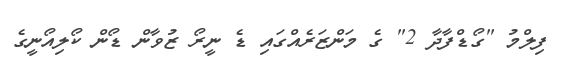
ފިލްމު "ގޯޑްފާދާ 2" ގެ މަންޒަރެއްގައި ޑެ ނީރޯ ޒުވާން ޑޯން ކޯލިއޯނީގެ